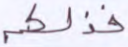
فذلكم